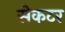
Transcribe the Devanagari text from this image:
सेकटर